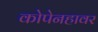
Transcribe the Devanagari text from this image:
कोपेनहावर